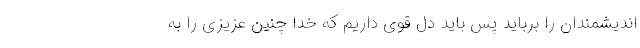
اندیشمندان را برباید پس باید دل قوی داریم که خدا چنین عزیزی را به